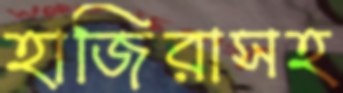
হাজিরাসহ